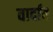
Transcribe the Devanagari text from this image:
वार्दात